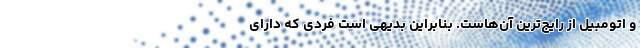
و اتومبیل از رایج‌ترین آن‌هاست. بنابراین بدیهی است فردی که دارای